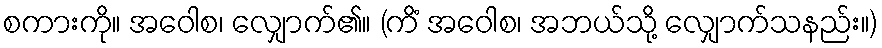
စကားကို။ အဝေါစ၊ လျှောက်၏။ (ကိံ အဝေါစ၊ အဘယ်သို့ လျှောက်သနည်း။)